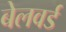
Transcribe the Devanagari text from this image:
बेलवर्ड